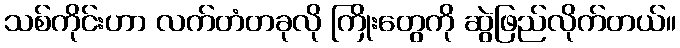
သစ်ကိုင်းဟာ လက်တံတခုလို ကြိုးတွေကို ဆွဲဖြည်လိုက်တယ်။